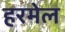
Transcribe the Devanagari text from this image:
हरमेल